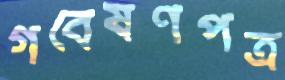
গবেষণপত্র